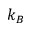
k _ { B }